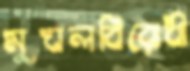
মুঘলবিরোধী